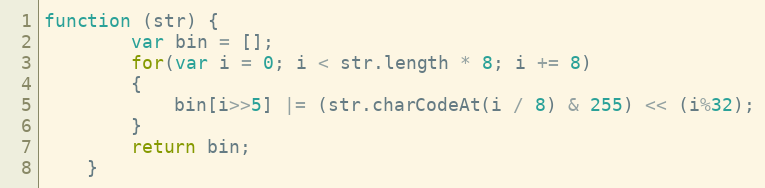
Language: JavaScript
function (str) {
        var bin = [];
        for(var i = 0; i < str.length * 8; i += 8)
        {
            bin[i>>5] |= (str.charCodeAt(i / 8) & 255) << (i%32);
        }
        return bin;
    }